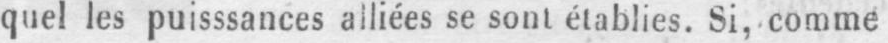
quel les puisssances alliées se sont établies. Si, comme